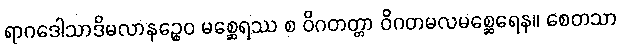
ရာဂဒေါသာဒိမလာနဉ္စေဝ မစ္ဆေရဿ စ ဝိဂတတ္တာ ဝိဂတမလမစ္ဆေရေန။ စေတသာ